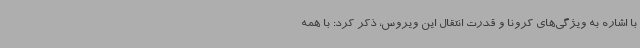
با اشاره به ویژگی‌های کرونا و قدرت انتقال این ویروس، ذکر کرد: با همه